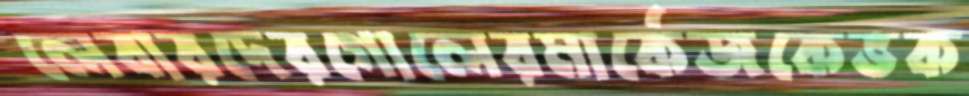
লেবারদেরগোলেরমার্কেজকেভক